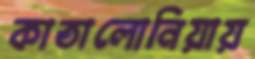
কাতালোনিয়ায়